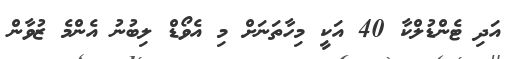
އަދި ޓެންޑުލްކާ 40 އަކީ މިހާތަނަށް މި އެވޯޑް ލިބުނު އެންމެ ޒުވާން